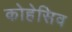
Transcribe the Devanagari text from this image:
कोहेसिव